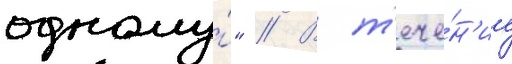
одному́" // В т'ече́н'ие